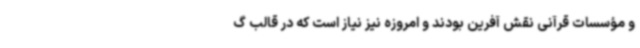
و مؤسسات قرآنی نقش آفرین بودند و امروزه نیز نیاز است که در قالب گ